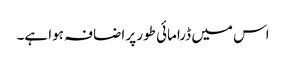
اس میں ڈرامائی طور پر اضافہ ہوا ہے۔